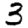
Digit: 3